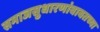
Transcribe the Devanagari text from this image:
समाजसुधारणांबाबतच्या